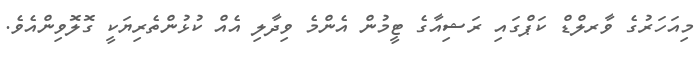
މިއަހަރުގެ ވާރލްޑް ކަޕްގައި ރަޝިއާގެ ޓީމުން އެންމެ ވިދާލި އެއް ކުޅުންތެރިޔަކީ ގޮލޮވިންއެވެ.